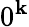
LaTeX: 0^{\mathbf{k}}